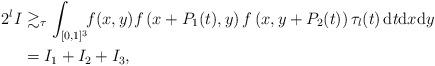
LaTeX: \begin{align*}2^l I&\gtrsim_\tau\int_{[0,1]^3} \!\! f(x,y)f\left(x+P_1(t),y\right)f\left(x,y+P_2(t)\right) \tau_l(t)\,\mathrm{d}t\mathrm{d}x\mathrm{d}y\\&=I_1+I_2+I_3,\end{align*}